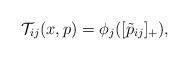
LaTeX: \begin{align*}\mathcal{T}_{ij}(x,p) \underset{}{=} \phi_j([\tilde{p}_{ij}]_+),\end{align*}